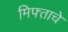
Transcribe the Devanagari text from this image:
मिफ्ताचे